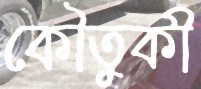
কৌতুকী